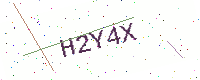
Text: H2Y4X